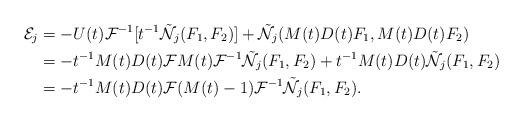
LaTeX: \begin{align*}\mathcal{E}_{j}&= -U(t){{\mathcal F}}^{-1}[t^{-1}{\tilde{\mathcal N}}_{j}(F_{1},F_{2})]+{\tilde{\mathcal N}}_{j}(M(t)D(t) F_1,M(t)D(t) F_2)\\&= -t^{-1}M(t)D(t)\mathcal{F}M(t)\mathcal{F}^{-1}\tilde{\mathcal{N}}_j(F_1, F_2)+t^{-1}M(t)D(t)\tilde{\mathcal{N}}_j(F_1, F_2) \\&= -t^{-1}M(t)D(t)\mathcal{F}(M(t)-1)\mathcal{F}^{-1}\tilde{\mathcal{N}}_j(F_1, F_2).\end{align*}